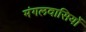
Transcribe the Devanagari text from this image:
मंगलवासियों